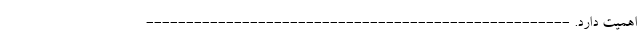
اهمیت دارد. -----------------------------------------------------